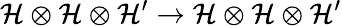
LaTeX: \mathcal{H}\otimes\mathcal{H}\otimes\mathcal{H}^{\prime}\rightarrow\mathcal{H}\otimes\mathcal{H}\otimes\mathcal{H}^{\prime}